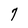
Character: 7